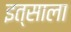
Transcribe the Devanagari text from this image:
इत्साला